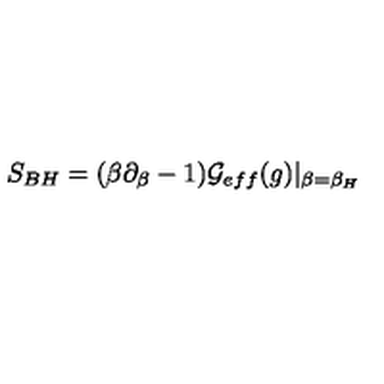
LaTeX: S _ { B H } = ( \beta \partial _ { \beta } - 1 ) { \cal G } _ { e f f } ( g ) | _ { \beta = \beta _ { H } }